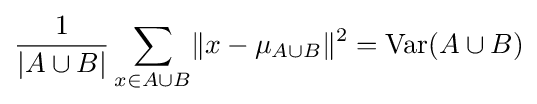
{\frac {1}{|A\cup B|}}\sum _{x\in A\cup B}\lVert x-\mu _{A\cup B}\rVert ^{2}={\text{Var}}(A\cup B)